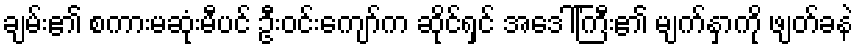
ချမ်း၏ စကားမဆုံးမီပင် ဦးဝင်းကျော်က ဆိုင်ရှင် အဒေါ်ကြီး၏ မျက်နှာကို ဖျတ်ခနဲ